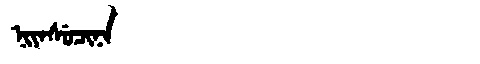
Manchu: ᠨᡳᠶᠠᠰᡠᠴᡳᠨᠠ
Romanization: NIYASUCINA